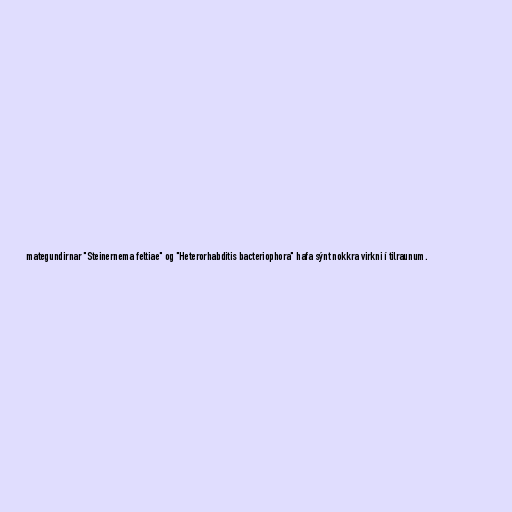
mategundirnar "Steinernema feltiae" og "Heterorhabditis bacteriophora" hafa sýnt nokkra virkni í tilraunum.